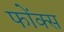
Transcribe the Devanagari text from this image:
फोंक्स